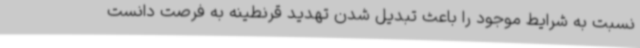
نسبت به شرایط موجود را باعث تبدیل شدن تهدید قرنطینه به فرصت دانست